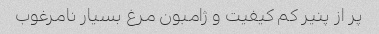
پر از پنیر کم کیفیت و ژامبون مرغ بسیار نامرغوب